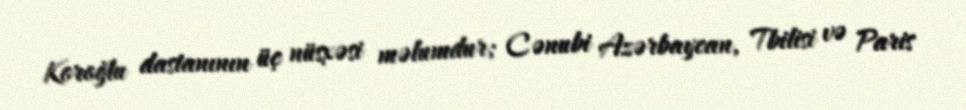
Koroğlu dastanının üç nüsxəsi məlumdur; Cənubi Azərbaycan, Tbilisi və Paris